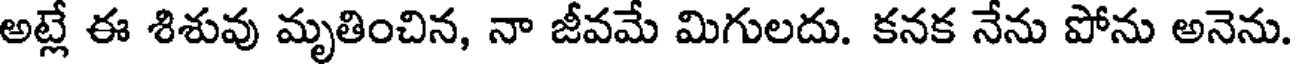
అట్లే ఈ శిశువు మృతించిన, నా జీవమే మిగులదు. కనక నేను పోను అనెను.